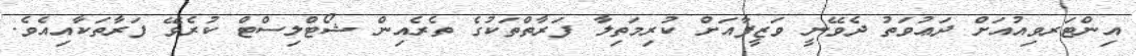
އިންޓަރވިއުއަށް ދަޢުވަތު ދެވޭނީ ވަޒީފާއަށް ކުރިމަތިލާ ފަރާތްތަކުގެ ތެރެއިން ޝޯޓްލިސްޓް ކުރެވޭ ފަރާތަކާއިއެވެ.